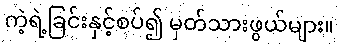
ကဲ့ရဲ့ခြင်းနှင့်စပ်၍ မှတ်သားဖွယ်များ။